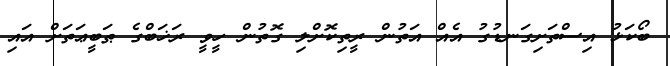
ބޯކަޅު އިސްތަށިގަނޑުގު އެއް އަތުން ރީތިކޮށްލި ގޮތުން ހީވީ ރަޚަބްގެ ޠަބީޢަތަށް އައި